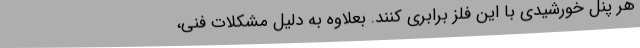
هر پنل خورشیدی با این فلز برابری کنند. بعلاوه به دلیل مشکلات فنی،